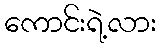
ကောင်းရဲ့လား